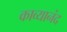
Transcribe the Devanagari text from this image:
काव्यानंद